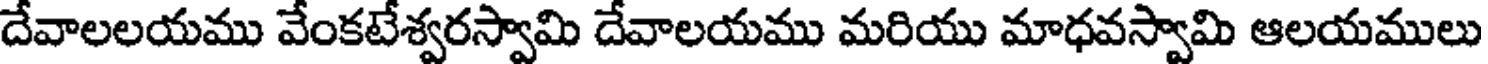
దేవాలలయము వేంకటేశ్వరస్వామి దేవాలయము మరియు మాధవస్వామి ఆలయములు